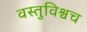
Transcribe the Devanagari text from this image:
वस्तुविश्वच